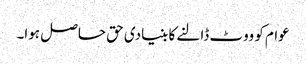
عوام کو ووٹ ڈالنے کا بنیادی حق حاصل ہوا۔